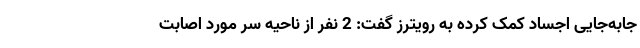
جابه‌جایی اجساد کمک کرده به رویترز گفت: 2 نفر از ناحیه سر مورد اصابت